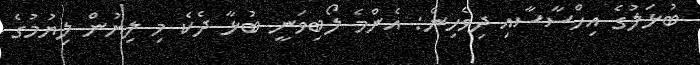
ބުޅަލުގެ އިހްސާސާއި ދިވެހިން: އެންމެ ލޯބިވަނީ ބުޅާ ދެކެ މި ލިޔުން ލިޔުމުގެ